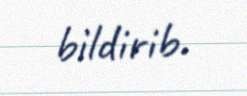
bildirib.